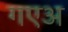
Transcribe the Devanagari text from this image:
गएअ